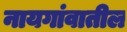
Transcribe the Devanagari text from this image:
नायगांवातील